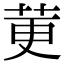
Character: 莄